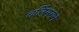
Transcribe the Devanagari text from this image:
चर्लिमगने